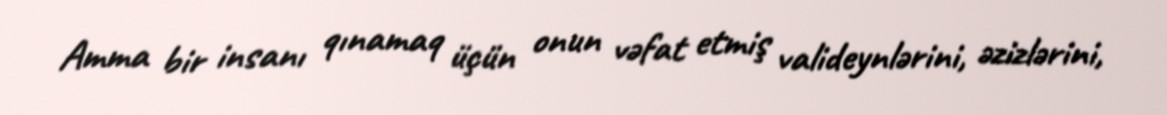
Amma bir insanı qınamaq üçün onun vəfat etmiş valideynlərini, əzizlərini,